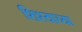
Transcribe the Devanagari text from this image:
शिश्याच्या